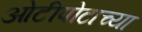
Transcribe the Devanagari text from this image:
ओटीपोटाच्या